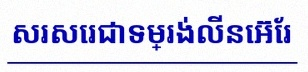
សរសេរជាទម្រង់លីនេអ៊ែរ